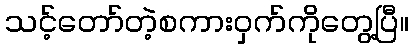
သင့်တော်တဲ့စကားဝှက်ကိုတွေ့ပြီ။